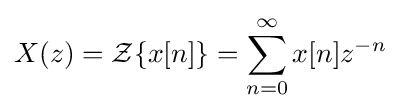
X(z)={\mathcal {Z}}\{x[n]\}=\sum _{n=0}^{\infty }x[n]z^{-n}